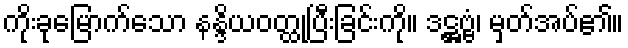
ကိုးခုမြောက်သော နန္ဒိယဝတ္ထုပြီးခြင်းကို။ ဒဋ္ဌဗ္ဗံ၊ မှတ်အပ်၏။